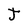
Character: J